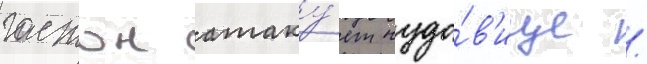
гастон атаку́ет чудо́в'ище /